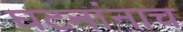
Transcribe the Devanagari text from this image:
घटनांनाच